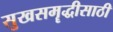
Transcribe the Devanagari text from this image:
सुखसमॄद्धीसाठी